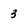
Character: 3